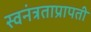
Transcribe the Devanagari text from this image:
स्वनंत्रताप्रापती